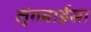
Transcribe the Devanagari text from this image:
लुंगबाईसा